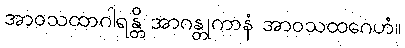
အာဝသထာဂါရန္တိ အာဂန္တုကာနံ အာဝသထဂေဟံ။